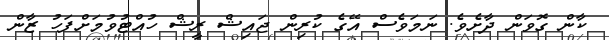
ކާން ގޮވަން ދާށެވެ. ނަމަވެސް އޭގެ ކުރިން ޖައިޝް ރީޝް ހުއްޓުވުމަށްފަހު ޒާން